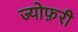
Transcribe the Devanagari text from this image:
ज्योफ़री